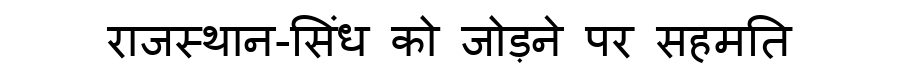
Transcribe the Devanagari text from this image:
राजस्थान-सिंध को जोड़ने पर सहमति